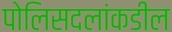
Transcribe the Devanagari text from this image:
पोलिसदलांकडील